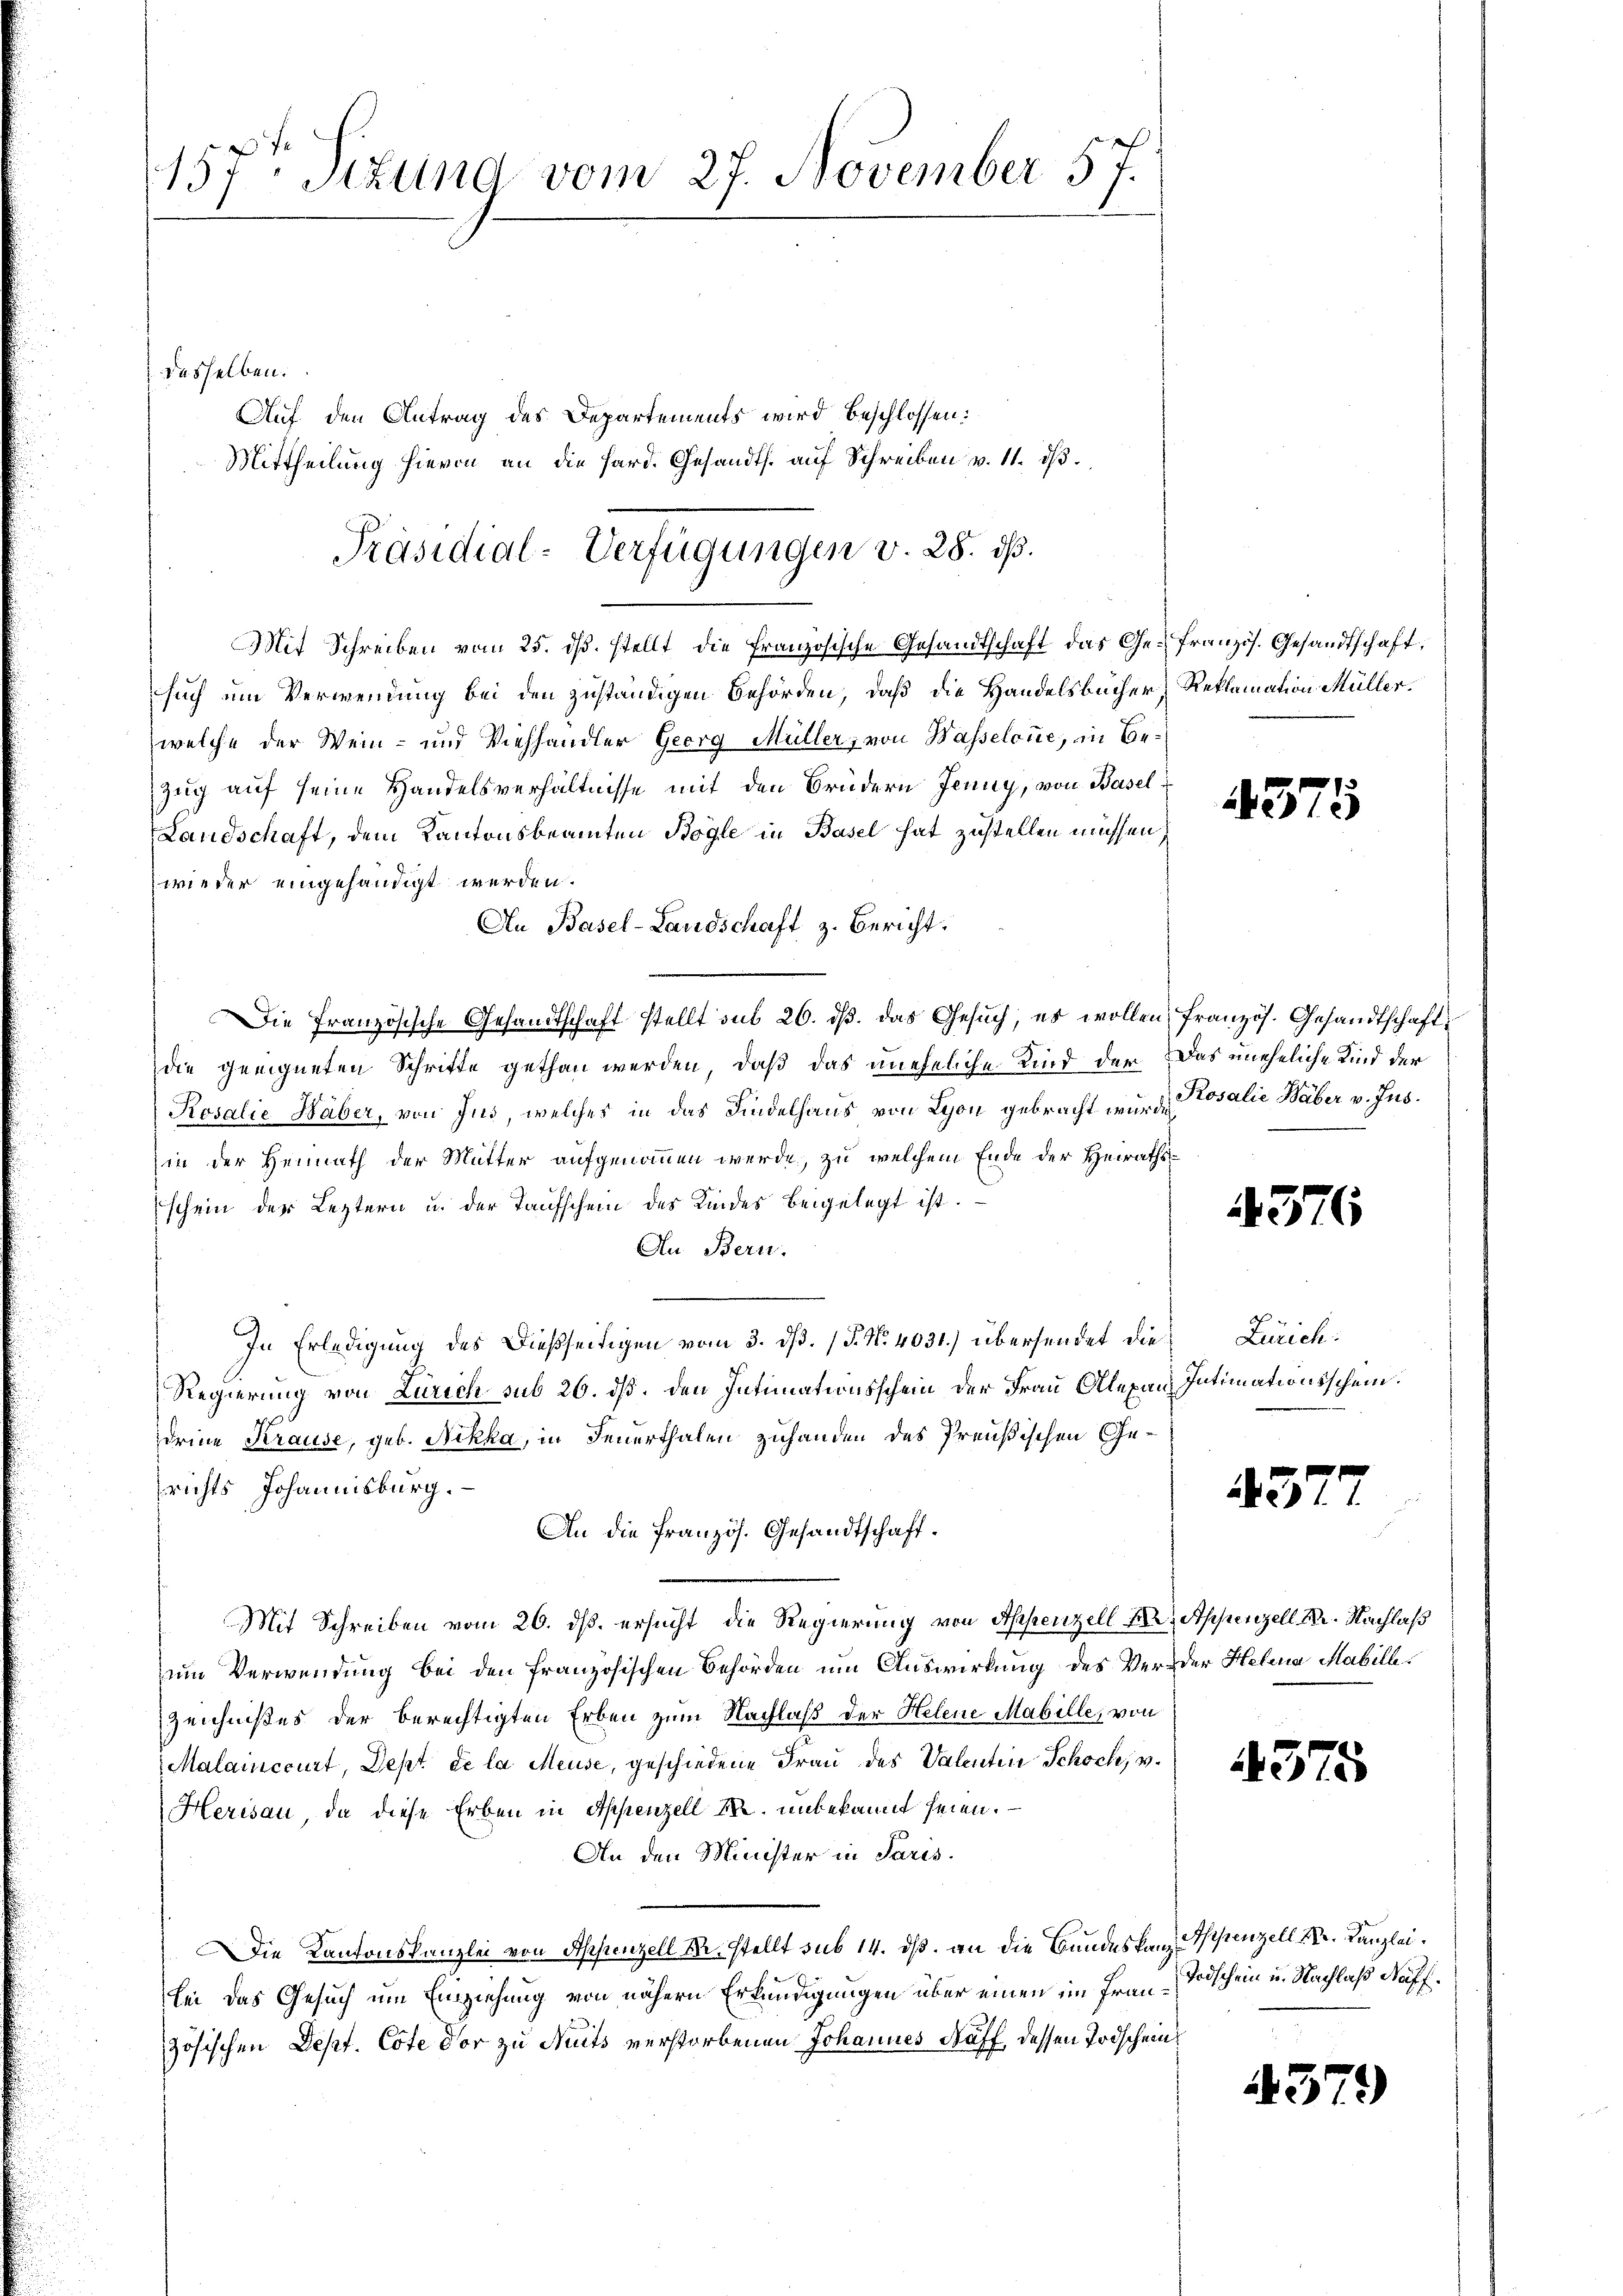
157t Situng vom 27. November 57.

desselben.
Auf den Antrag des Departements wird beschlossen:
Mittheilung hievon an die Hard. Gesandts. auf Schreiben v. 11. dβ.

Mit Schreiben vom 25. ds. stellt die französische Gesandtschaft das Ge-Französ. Gesandtschaft,
such um Verwendung bei den zuständigen Behörden, daß die Handelsbücher
welche der Wein- und Viehhandler Georg Müller, von Wasselone, in Bezug auf seine Handelsverhältnisse mit den Brüdern Jenny, von Basel¬
Landschaft, dem Kantonsbeamten Bogle in Basel hat zustellen müssen,
wieder eingehändigt werden.
An Basel-Landschaft z. Bericht.
Die Französische Gesandtschaft stellt sub 26. ds. das Gesŭch, es wollen französ. Gesandtschaft
die geeigneten Schritte gethan werden, daß das uneheliche Kind der Das uneheliche Kind der
Rosalie Haber, von Jus, welches in das Kindelhaus von Lyon gebracht wurde Rosalie Waber v. Jus
in der Heimath der Mutter aufgenommen werde, zu welchem Ende der Heirathsschein der Leztern u. der Taufschein des Kindes beigelegt ist.
An Bern.
In Erledigung des Dießseitigen vom 3. dß. P. Nr. 4031.) übersendet die
Regierung von Zürich sub 26. dß. den Intimationsschein der Frau Alexan Intimationsschein.
deine Krause, geb. Nikka, in Feuerthalen zuhanden des Preußischen Gerichts Johannisburg.
An die Französ. Gesandtschaft.
Mit Schreiben vom 26. ds. ersucht die Regierung von Appenzell die Appenzell. M. Nachlaß
um Verwendung bei den französischen Behörden um Auswirkung des Verder Helena Mabille
Zeichnißes der berechtigten Erben zum Nachlaß der Helene Mabille, von
Malainccurt, Dept de la Meuse, geschiedene Frau des Valentin Schoch, v.
Herisau, da diese Erben in Appenzell M. unbekannt seien.
An den Minister in Paris.
Die Kantonskanzlei von Appenzell M. stellt sub 14. dß. an die Bundeskanz Pfistenzell Sr. Kanzlei.
bei das Gesuch um Einziehung von nähern Erkundigungen über einen im Französischen Sept. Cote der zu Nuits verstorbenen Johannes Ruff, dessen Todschein

Präsidial-Verfügungen v. 28. ds.

Reklamation Müller.

375

376

d
Zürich.

3

437

Todschein u. Nachlaß Neff

4379)